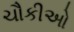
ચૌકીઓ